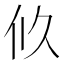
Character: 𠇉